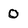
Character: 0